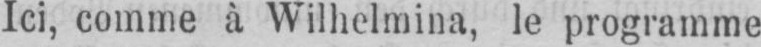
Ici, comme à Wilhelmina, le programme